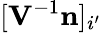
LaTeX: [\textbf{V}^{-1}\textbf{n}]_{i^{\prime}}